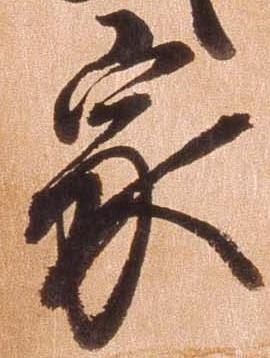
家